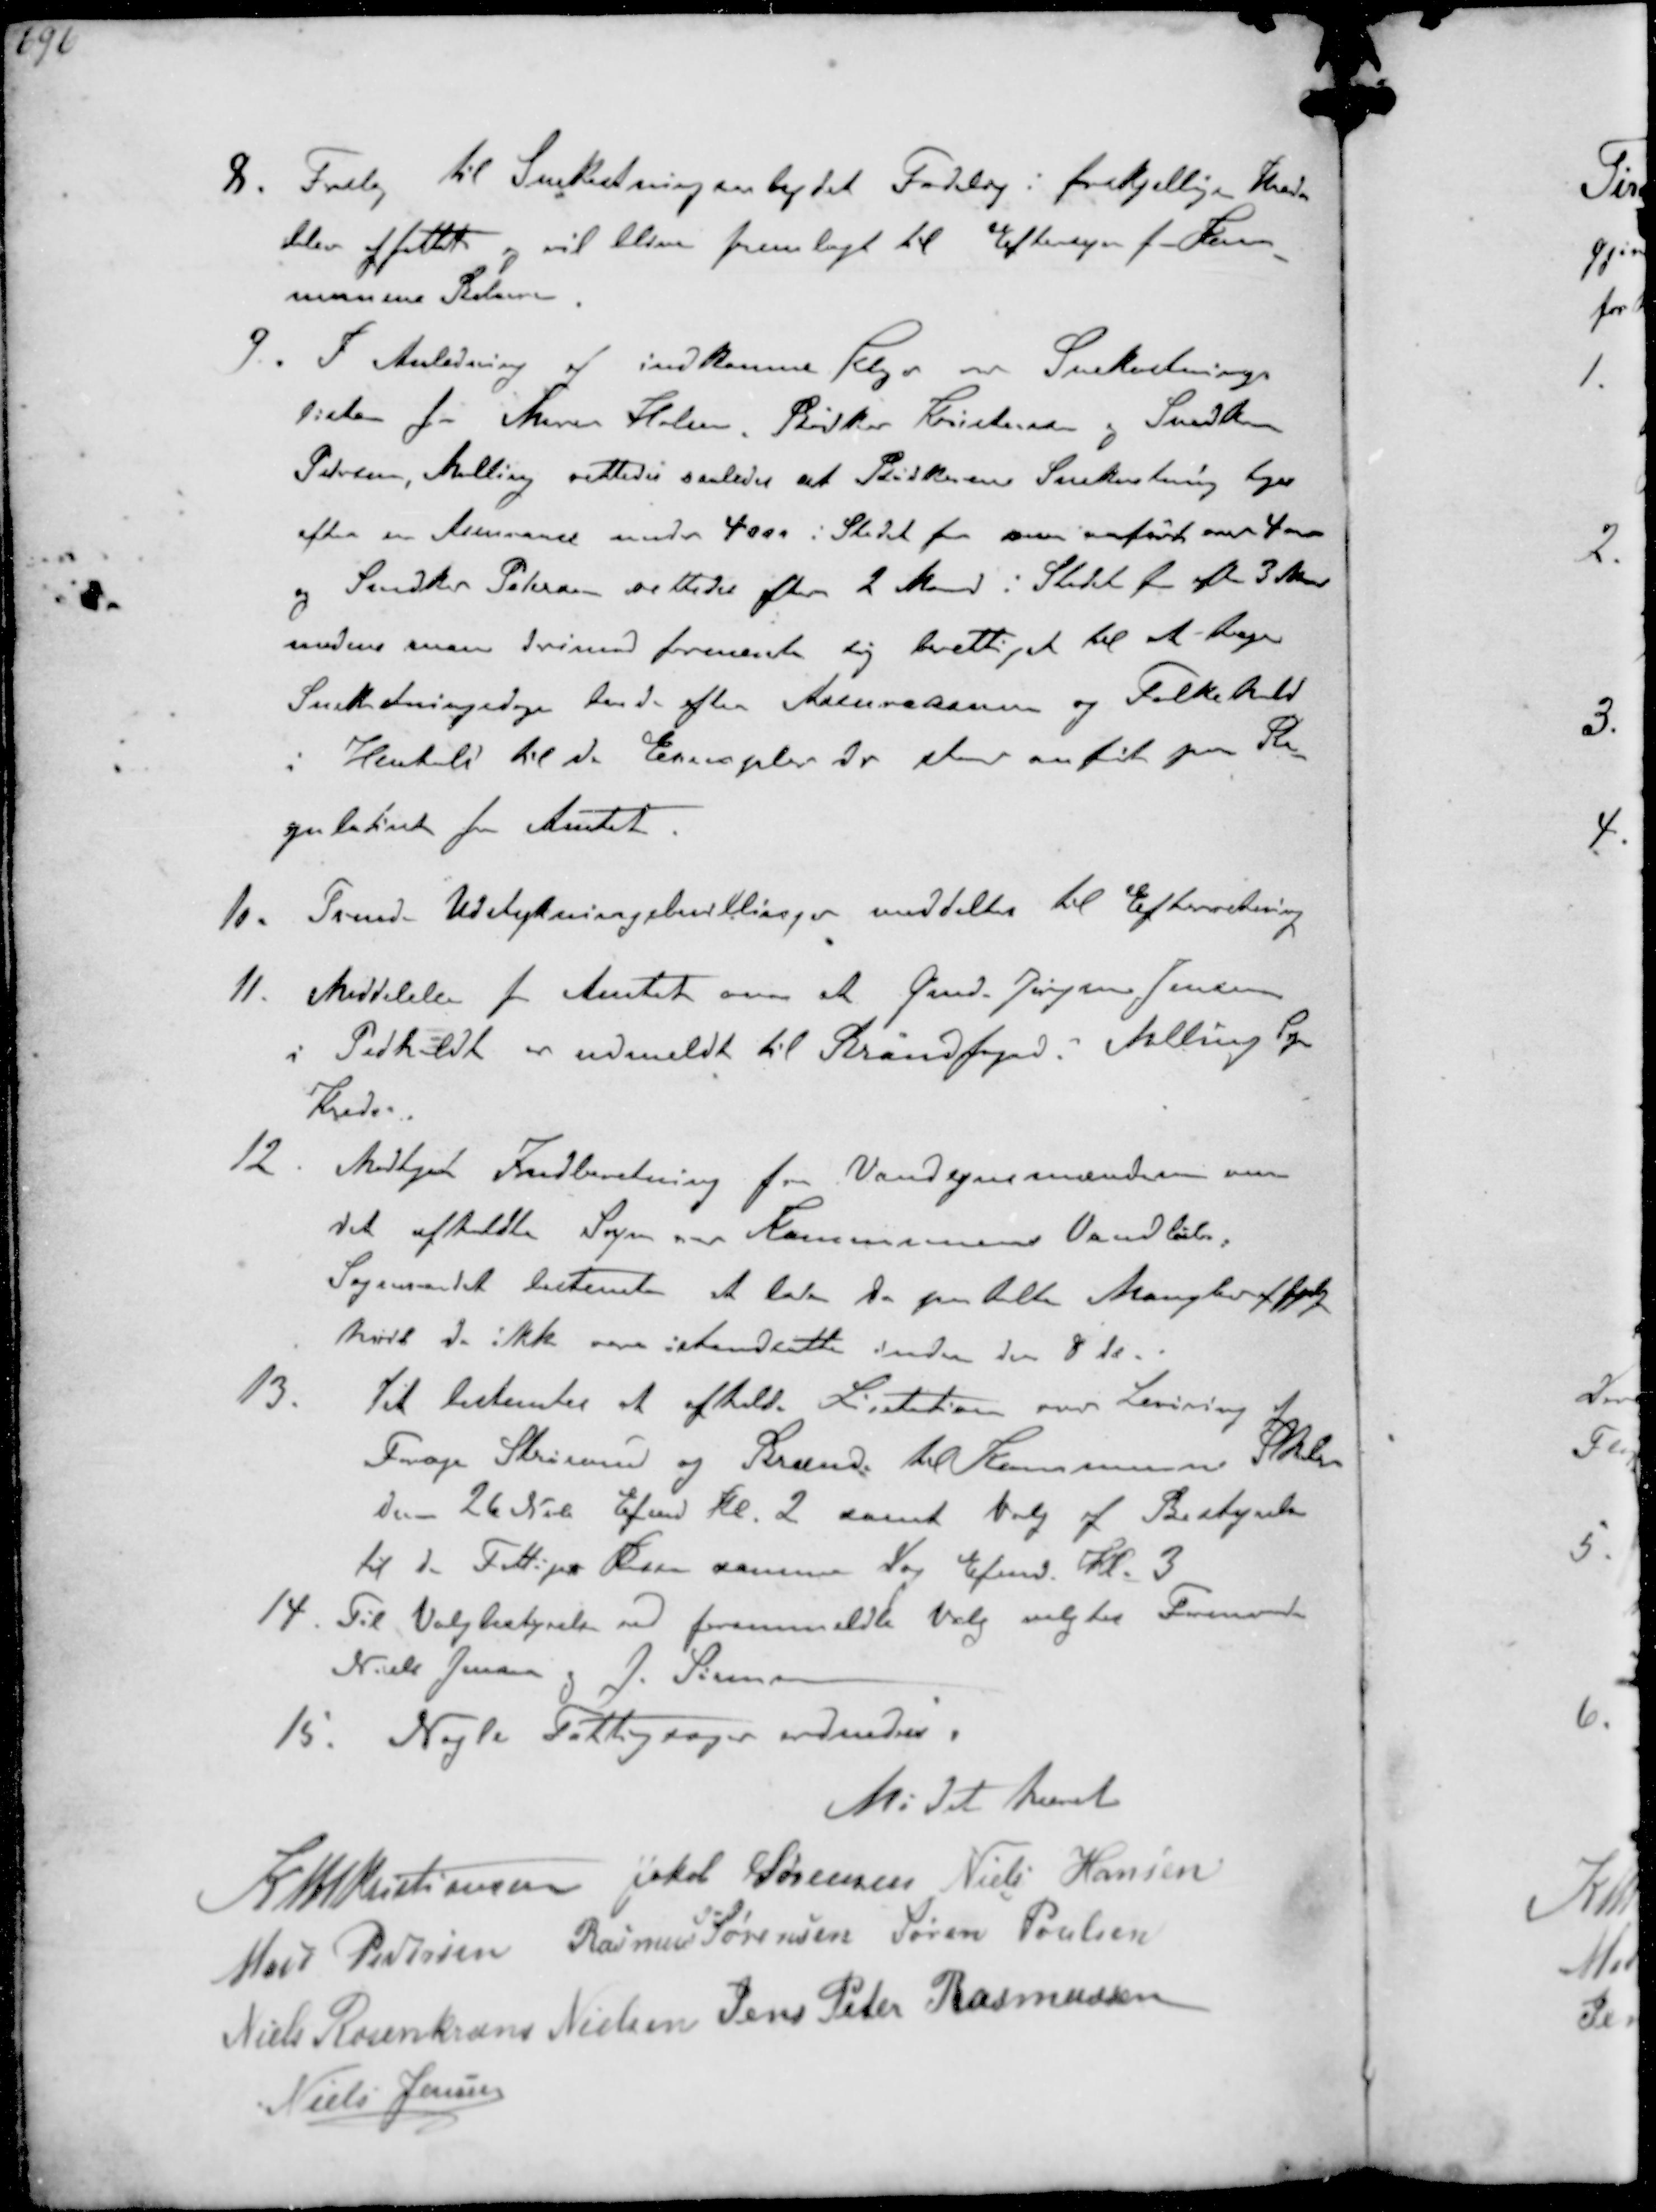
Transskription:
8. Forslag til Snekastningsbejdet Forslag i forskjellige Kredse
blev affattet vil blive fremlagt til Eftersyn for Kom-
munens Beboere
9. I Anledning af indkomne Klager over Snekastnings-
listen fra Murer Holm, Bødker Kristensen og Snedker
Petersen, Malling rettedes saaledes at Bødkerens Snekastning tages
efter en Assurance under 4000 i Stedet for som anført over 4000
og Snedker Petersen rettedes efter 2 Mand i Stedet for efter 3 Mand
medens man derimod formente sig berettiget til at tage
Snekastningsdage efter Assuransen og Folkehold
i Henhold til de Exempler det staar ananført paa Re-
gulativet fra Amtet.
10. Tvende Udstykningsbevillinger meddeltes til Efterretning
11. Meddelelse fra Amtet om at Gmd. Jørgen Jensen
i Pedholdt er udmeldt til Brandfoged i Malling Sogn
Kreds.
12. Modtaget Indberetning fra Vandsynsmændene om
det afholdte Syn over Kommunens Vandløb.
Sogneraadet bestemte at lade de paatalte Mangler afhjælpe
hvis de ikke vare istandsatte inden den 8 ds
13. Det bestemtes at afholde Licitation over Levering af
Fourage Strøsand og Brænde til Kommunens Skoler
den 26 Novb Efmd Kl 2 samt Valg af Bestyrelse
til de Fattiges Kasse samme Dag Efmd. Kl. 3
14. Til Valgbestyrelse ved foranmeldte Valg valgtes Formand
Niels Jensen og J Sørensen
15. Nogle Fattigsager ordnedes

Mødet hævet

K N M Kristiansen Jakob Sørensen Niels Hansen
Mads Pedersen Rasmus Sørensen Søren Poulsen
Niels Rosenkrands Nielsen Jens Peter Rasmussen
Niels Jensen